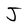
Character: J